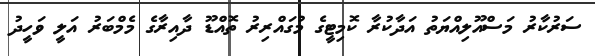
ސަރުކާރު މަސްއޫލިއްޔަތު އަދާކުރާ ކޮމިޓީގެ މުގައްރިރު ތޮއްޑޫ ދާއިރާގެ މެމްބަރު އަލީ ވަހީދު